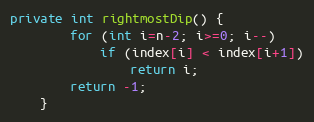
Language: Java
private int rightmostDip() {
		for (int i=n-2; i>=0; i--)
			if (index[i] < index[i+1])
				return i;
		return -1;
	}